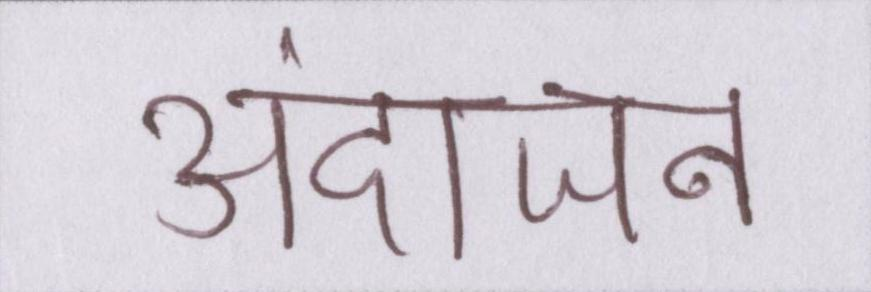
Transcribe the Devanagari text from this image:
अंदाजन